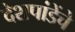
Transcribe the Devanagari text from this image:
देशपांडेंचे